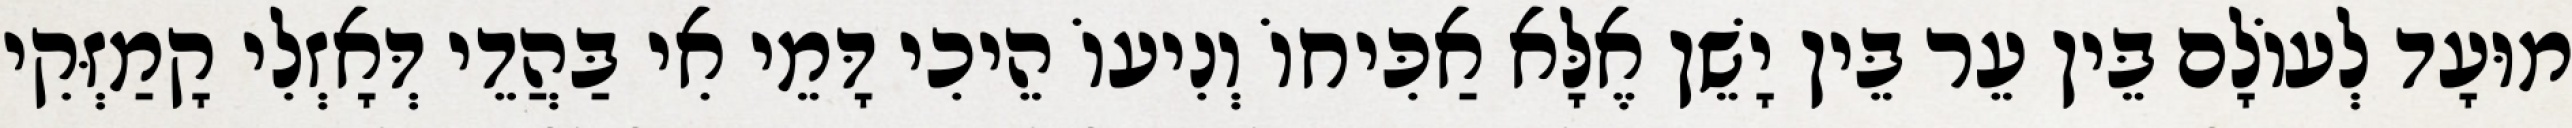
מוּעָד לְעוֹלָם בֵּין עֵר בֵּין יָשֵׁן אֶלָּא אַכִּיחוֹ וְנִיעוֹ הֵיכִי דָּמֵי אִי בַּהֲדֵי דְּאָזְלִי קָמַזְּקִי